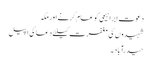
دعوت ابراہیمی کو عام کرنے اور مکہ
شہیدوں کی مغفرت کیلئے دعا کی اپیل
حیدرآباد ۔